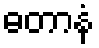
ဓတာနံ